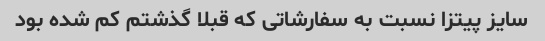
سایز پیتزا نسبت به سفارشاتی که قبلا گذشتم کم شده بود